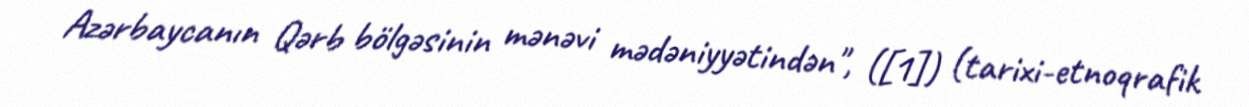
Azərbaycanın Qərb bölgəsinin mənəvi mədəniyyətindən", ([1]) (tarixi-etnoqrafik